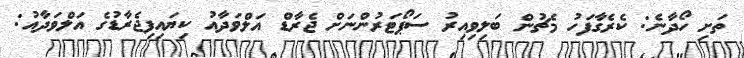
ތަށި ހޯދާނެ: ކެރެގާފަހު މެޗުން ބަލިވިއިރު ސަޕޯޓަރުންނަށް ޖެރާޑް އަލްވަދާއު ކިޔައިފިޖެރާޑުގެ އަލްވަދާއު: